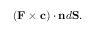
( \mathbf { F } \times \mathbf { c } ) \cdot \mathbf { n } d \mathbf { S } .